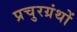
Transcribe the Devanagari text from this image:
प्रचुरग्रंथों